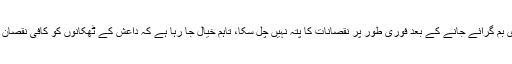
غیر جوہری بم گرائے جانے کے بعد فوری طور پر نقصانات کا پتہ نہیں چل سکا، تاہم خیال جا رہا ہے کہ داعش کے ٹھکانوں کو کافی نقصان پہنچا ہوگا۔